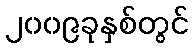
၂၀၀၉ခုနှစ်တွင်